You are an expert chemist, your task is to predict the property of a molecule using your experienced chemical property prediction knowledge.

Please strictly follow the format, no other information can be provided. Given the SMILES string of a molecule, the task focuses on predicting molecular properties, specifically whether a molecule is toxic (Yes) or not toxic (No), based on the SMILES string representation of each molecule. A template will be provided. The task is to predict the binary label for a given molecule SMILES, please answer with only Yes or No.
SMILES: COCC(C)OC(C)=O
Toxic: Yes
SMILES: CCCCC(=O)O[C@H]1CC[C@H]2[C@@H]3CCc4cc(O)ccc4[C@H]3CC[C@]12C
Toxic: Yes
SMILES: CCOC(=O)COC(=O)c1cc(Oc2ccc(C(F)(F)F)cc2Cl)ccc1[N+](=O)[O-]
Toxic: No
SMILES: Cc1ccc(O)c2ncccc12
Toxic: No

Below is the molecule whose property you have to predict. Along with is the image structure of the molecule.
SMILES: COP(=S)(OC)Oc1ccc(SC)c(C)c1
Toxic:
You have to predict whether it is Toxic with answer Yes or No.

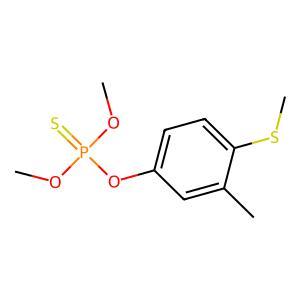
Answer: No